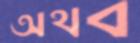
অথব